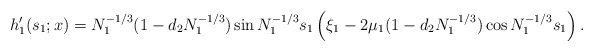
\begin{align*}h_1'(s_1;x)=N_1^{-1/3}(1-d_2N_1^{-1/3})\sin N_1^{-1/3}s_1 \left(\xi_1-2\mu_1(1-d_2N_1^{-1/3})\cos N_1^{-1/3}s_1\right).\end{align*}